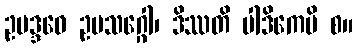
ဥပဒ္ဒဝေ ဥပသဂ္ဂေါ၊ ဒိဿတိ ပါဒိကေပိ စ။